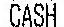
CASH